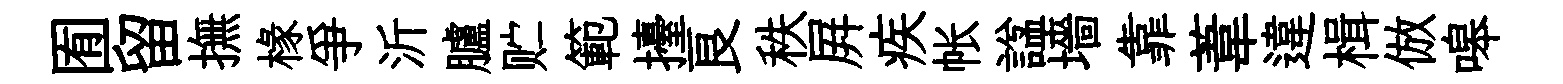
囿留撫椽爭沂臚贮範擡良秩屛疾帐諡墻靠葦違楫倣嗥